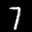
Label: 7